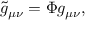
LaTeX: { \tilde { g } } _ { \mu \nu } = \Phi g _ { \mu \nu } ,